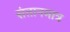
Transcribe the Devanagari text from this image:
संतानमात्र